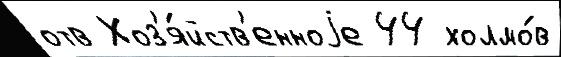
отв Хоз'я́йств'енноjе 44 холмо́в